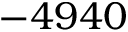
- 4 9 4 0